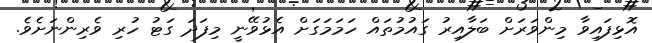
އޮޅިފައިވާ މިންވަރަަށް ބަލާއިރު ގައުމުތައްް ހަމަމަގަށް އެޅުވޭނީ މިފަދަ ގަޓު ހުރި ވެރިންނަށެވެ.